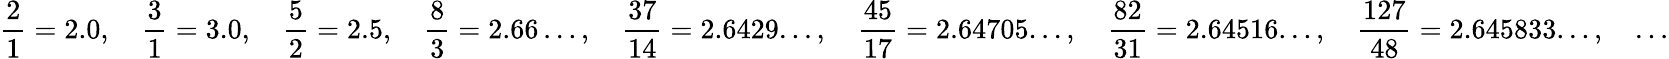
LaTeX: {\frac{2}{1}}=2.0,\quad{\frac{3}{1}}=3.0,\quad{\frac{5}{2}}=2.5,\quad{\frac{8}{3}}=2.66\dots,\quad{\frac{37}{14}}=2.6429...,\quad{\frac{45}{17}}=2.64705...,\quad{\frac{82}{31}}=2.64516...,\quad{\frac{127}{48}}=2.645833...,\quad\ldots